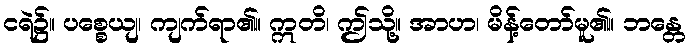
ငရဲ၌။ ပစ္စေယျ၊ ကျက်ရာ၏။ ဣတိ၊ ဤသို့။ အာဟ၊ မိန့်တော်မူ၏။ ဘန္တေ